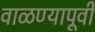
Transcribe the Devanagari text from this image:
वाळण्यापूर्वी